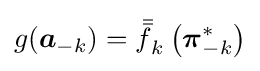
g({\boldsymbol {a}}_{-k})={\bar {\bar {f}}}_{k}\left({\boldsymbol {\pi }}_{-k}^{*}\right)